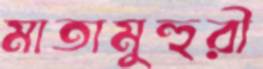
মাতামুহুরী